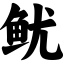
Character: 鱿